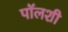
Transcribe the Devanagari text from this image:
पॉलशी